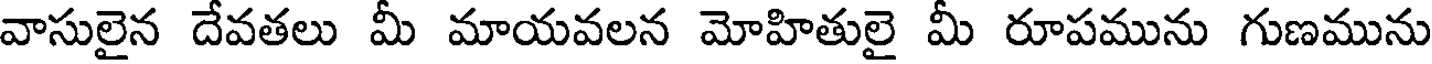
వాసులైన దేవతలు మీ మాయవలన మోహితులై మీ రూపమును గుణమును